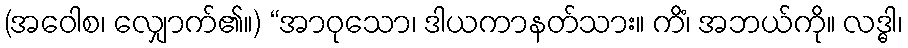
(အဝေါစ၊ လျှောက်၏။) “အာဝုသော၊ ဒါယကာနတ်သား။ ကိံ၊ အဘယ်ကို။ လဒ္ဓါ၊